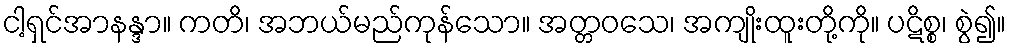
ငါ့ရှင်အာနန္ဒာ။ ကတိ၊ အဘယ်မည်ကုန်သော။ အတ္တဝသေ၊ အကျိုးထူးတို့ကို။ ပဋိစ္စ၊ စွဲ၍။